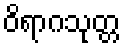
ဝိရာဂသုတ္တ